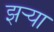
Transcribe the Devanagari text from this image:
झर्‍या